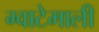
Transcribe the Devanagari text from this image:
ग्वाटेमाली